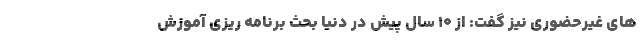
های غیرحضوری نیز گفت: از ۱۰ سال پیش در دنیا بحث برنامه ریزی آموزش